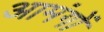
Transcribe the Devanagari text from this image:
आमंगों